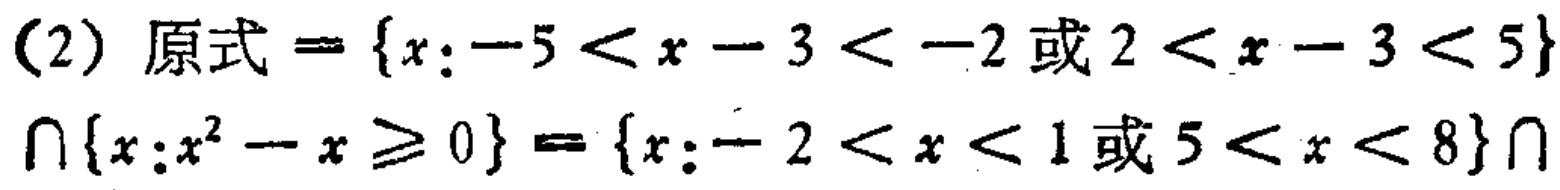
(2) 原式$=\{x:-5 < x - 3 < -2或2 < x - 3 < 5\}\cap\{x:x^{2}-x\geq0\}=\{x:-2 < x < 1或5 < x < 8\}\cap$